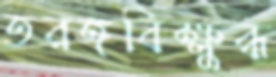
তরঙ্গবিক্ষুব্ধ